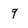
Character: 9